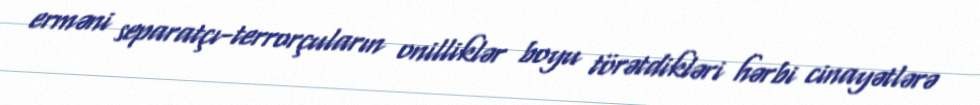
erməni separatçı-terrorçuların onilliklər boyu törətdikləri hərbi cinayətlərə